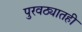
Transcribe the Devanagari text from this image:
पुरवठ्यातही